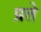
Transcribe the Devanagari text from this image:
प्रते